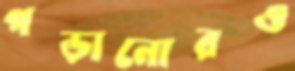
পড়ানোরও